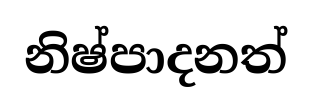
නිෂ්පාදනත්